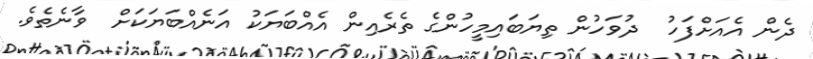
ދެން އެއަށްފަހު  ދުވަހުން ތިޔަބައިމީހުންގެ ތެރެއިން އެއްބަޔަކު އަނެއްބަޔަކަށް  ވާނެތެވެ.